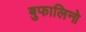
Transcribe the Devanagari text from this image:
बुफालिनो